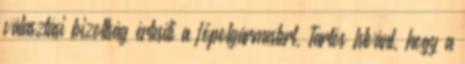
választási bizottság értesíti a főpolgármestert, Tarlós Istvánt, hogy a